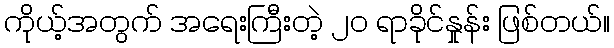
ကိုယ့်အတွက် အရေးကြီးတဲ့ ၂၀ ရာခိုင်နှုန်း ဖြစ်တယ်။